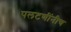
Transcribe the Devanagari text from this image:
पलटणींनीच